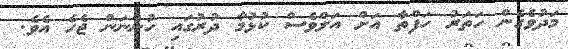
މަދުވެގެން ހަތަރު ހަފްތާ އަށް އަލްވެސް ކުޅުމާ ދުރުގައި ހުންނަން ޖެހެ އެވެ.